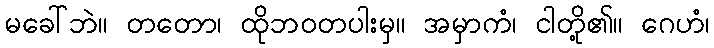
မခေါ်ဘဲ။ တတော၊ ထိုဘဝတပါးမှ။ အမှာကံ၊ ငါတို့၏။ ဂေဟံ၊